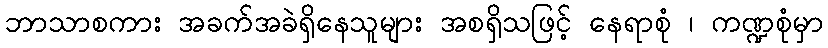
ဘာသာစကား အခက်အခဲရှိနေသူများ အစရှိသဖြင့် နေရာစုံ ၊ ကဏ္ဍစုံမှာ